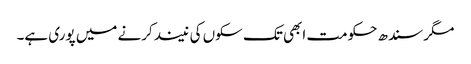
مگر سندھ حکومت ابھی تک سکوں کی نیند کرنے میں پوری ہے۔